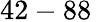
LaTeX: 42-88\